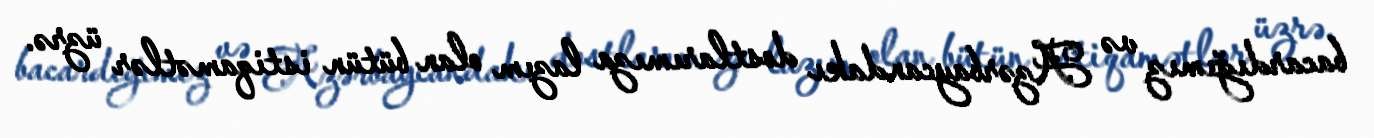
bacardığımız və Azərbaycandakı dostlarımıza lazım olan bütün istiqamətlər üzrə.